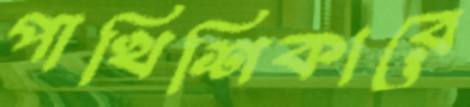
পাখিশিকারে